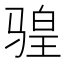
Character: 𫘩